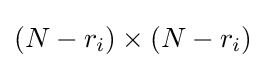
(N-r_{i})\times (N-r_{i})